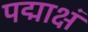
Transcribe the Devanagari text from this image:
पद्माक्षं